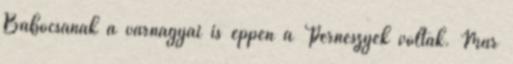
Babócsának a várnagyai is éppen a Perneszyek voltak. Már